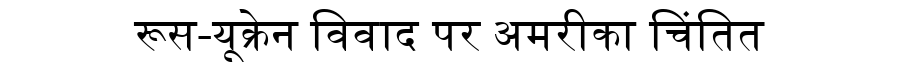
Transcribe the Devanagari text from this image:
रूस-यूक्रेन विवाद पर अमरीका चिंतित